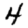
Digit: 4